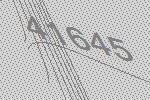
41645